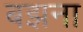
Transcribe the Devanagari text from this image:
बझना